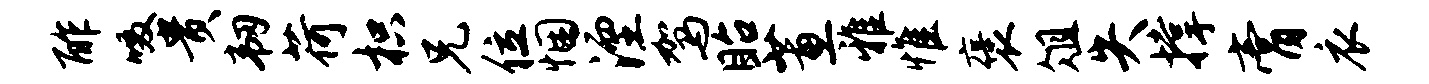
酢啜贵韧荷枳兄位悃湮驾眙蕙雅惟褒俎失撑膏衣